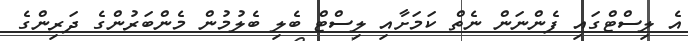
އެ ލިސްޓްގައި ފެންނަން ނެތް ކަމަށާއި ލިސްޓް ބެލި ބެލުމުން މެންބަރުންގެ ދަރިންގެ